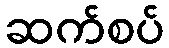
ဆက်စပ်